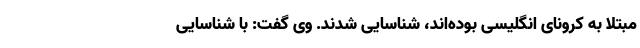
مبتلا به کرونای انگلیسی بوده‌اند، شناسایی شدند. وی گفت: با شناسایی